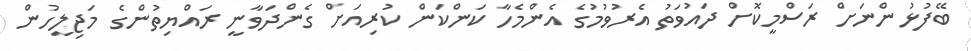
ބޭފުޅުންނަށް ރަސްމީކޮށް ދައުވަތު އެރުވުމުގެ އެންމެހާ ކަންކަން ކުރިއަށް ގެންދަވާނީ ރައްޔިތުންގެ މަޖިލީހުން